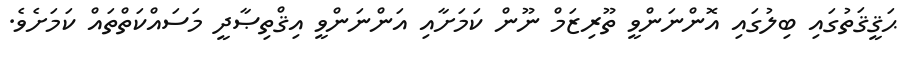
ޙަޤީޤަތުގައި ބިލުގައި އޮންނަންވީ ތޫރިޒަމް ނޫން ކަމަށާއި އަންނަންވީ އިޤްތިޞާދީ މަސައްކަތްތައް ކަމަށެވެ.